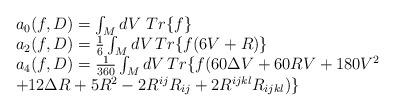
LaTeX: \begin{align*} \begin{array}{l} a_0(f, D) = \int_M dV ~Tr\{f\} \\ a_2(f, D) = \frac{1}{6 }\int_M dV \,Tr\{f(6V + R)\} \\ a_4(f, D) = \frac{1}{360}\int_M dV \, Tr\{ f(60\Delta V + 60RV + 180V^2 \\ + 12\Delta R+ 5R^2 -2 R^{ij}R_{ij} +2 R^{ijkl}R_{ijkl} ) \} \end{array}\end{align*}